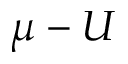
\mu - U